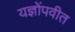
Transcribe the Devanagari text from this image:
यज्ञोंपवीत